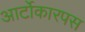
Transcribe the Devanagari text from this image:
आर्टोकारपस